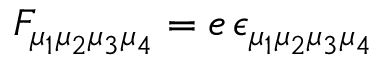
F _ { \mu _ { 1 } \mu _ { 2 } \mu _ { 3 } \mu _ { 4 } } = e \, \epsilon _ { \mu _ { 1 } \mu _ { 2 } \mu _ { 3 } \mu _ { 4 } }